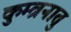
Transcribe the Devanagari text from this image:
कुम्ब्रनातु